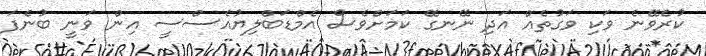
ކުރެވޭނެ ވަކި ވަގުތެއް އަދި ނޭނގޭ ކަމަށްވެސް އެމްޑަބްލިޔުއެސްސީ އިން ވަނީ ބުނެފަ